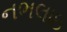
નભલાઇ